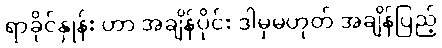
ရာခိုင်နှုန်း ဟာ အချိန်ပိုင်း ဒါမှမဟုတ် အချိန်ပြည့်